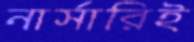
নার্সারিই